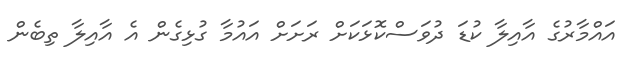
އައްމާރުގެ އާއިލާ ކުޑަ ދުވަސްކޮޅަކަށް ރަށަށް އައުމާ ގުޅިގެން އެ އާއިލާ ތިބެން